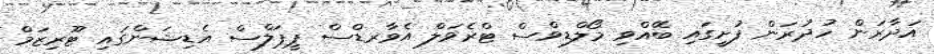
އަދާރަން ހުދުރަން ފުށީގައި ބޭއްވި މޯލްޑިވްސް ޓްރެވަލް އެވާރޑްސް ޕީޕަލްސް އެޑިޝަންގައި ޓޫރިޒަމް